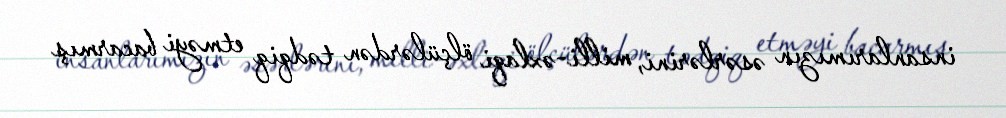
insanlarımızın əsərlərini, milli-əxlaqi ölçülərdən tədqiq etməyi bacarmış